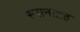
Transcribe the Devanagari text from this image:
स्नानाग्रह